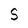
Character: S